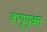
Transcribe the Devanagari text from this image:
वायुयुक्त